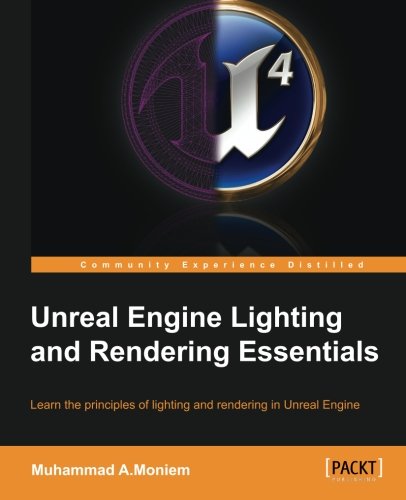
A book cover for Unreal Engine Lighting and Rendering Essentials; Muhammad A.Moniem; Computers & Technology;